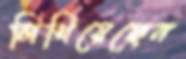
লিখিয়েছেন